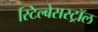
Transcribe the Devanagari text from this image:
स्टिल्बेसस्ट्रॉल